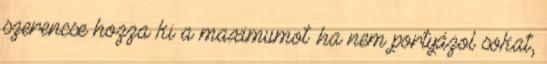
szerencse hozza ki a maximumot .ha nem portyázol sokat,